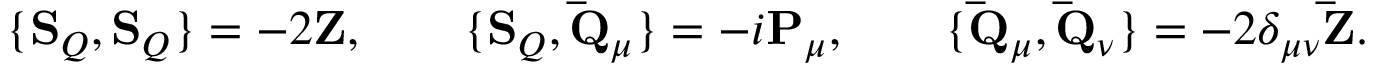
\{ \mathbf { S } _ { Q } , \mathbf { S } _ { Q } \} = - 2 \mathbf { Z } , \qquad \{ \mathbf { S } _ { Q } , \mathbf { \bar { Q } } _ { \mu } \} = - i \mathbf { P } _ { \mu } , \qquad \{ \mathbf { \bar { Q } } _ { \mu } , \mathbf { \bar { Q } } _ { \nu } \} = - 2 \delta _ { \mu \nu } \mathbf { \bar { Z } } .